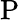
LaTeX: \mathrm{P}